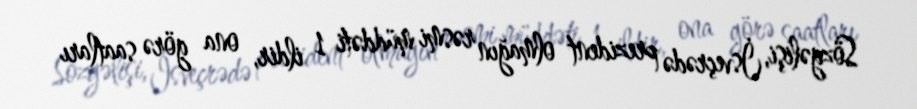
Sözgəlişi, İsveçrədə prezident olmağın rəsmi müddəti 1 ildir, ona görə saatları